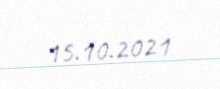
15.10.2021